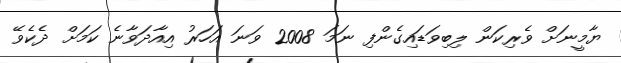
ޔާމީނަށް ވެރިކަން ލިބިވަަޑައިގެންފި ނަމަ 2008 ވަނަ އަހަރު އިއާދަވާނެ ކަމަށް ދެކެވޭ